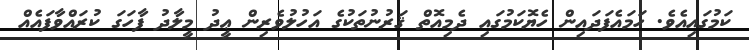
ކަމުގައިއެވެ. ހަމައެފަދައިން ހެޔޮކަމުގައި ދެމިއޮތް ޤަރުނުތަކުގެ އަހުލުވެރިން ޢީދު މީލާދު ފާހަގަ ކުރައްވާފައެއް